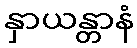
နှာယန္တာနံ